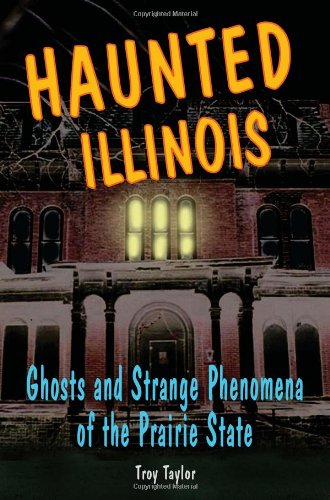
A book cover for Haunted Illinois: Ghosts and Strange Phenomena of the Prairie State (Haunted Series); Troy Taylor; Religion & Spirituality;